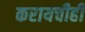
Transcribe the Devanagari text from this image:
करायचीही